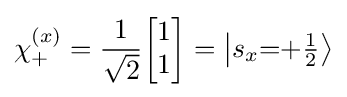
\chi _{+}^{(x)}={\frac {1}{\sqrt {2}}}{\begin{bmatrix}1\\1\end{bmatrix}}=\left\vert {s_{x}{=}{+\textstyle {\frac {1}{2}}}}\right\rangle